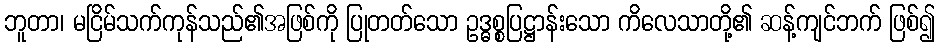
ဘူတာ၊ မငြိမ်သက်ကုန်သည်၏အဖြစ်ကို ပြုတတ်သော ဥဒ္ဓစ္စပြဋ္ဌာန်းသော ကိလေသာတို့၏ ဆန့်ကျင်ဘက် ဖြစ်၍